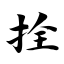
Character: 拴